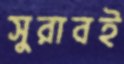
সুরাবই